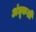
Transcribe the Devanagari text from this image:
अंधूकशी